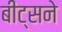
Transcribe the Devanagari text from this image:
बीट्सने